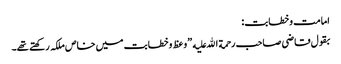
امامت وخطابت:
بقول قاضی صاحب رحمة الله علیه ”وعظ وخطابت میں خاص ملکہ رکھتے تھے۔